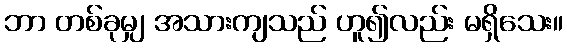
ဘာ တစ်ခုမျှ အသားကျသည် ဟူ၍လည်း မရှိသေး။